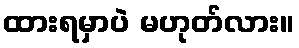
ထားရမှာပဲ မဟုတ်လား။